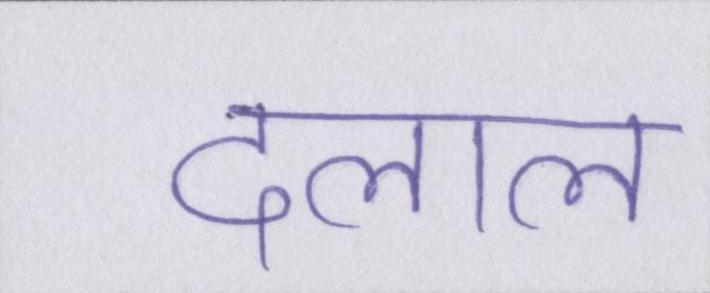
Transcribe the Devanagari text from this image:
दलाल